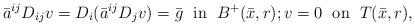
LaTeX: \begin{align*}\bar a^{ij} D_{ij} v= D_i (\bar a^{ij} D_j v)= \bar g\;\mbox{ in }\;B^{+}(\bar x, r);v=0\;\mbox{ on }\;T(\bar x, r),\end{align*}